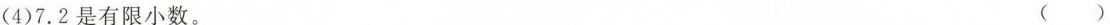
(4)7.2是有限小数。 ( )